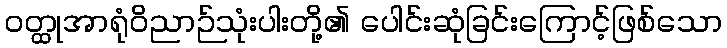
ဝတ္ထုအာရုံဝိညာဉ်သုံးပါးတို့၏ ပေါင်းဆုံခြင်းကြောင့်ဖြစ်သော